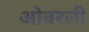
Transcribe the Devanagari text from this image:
ओवरली